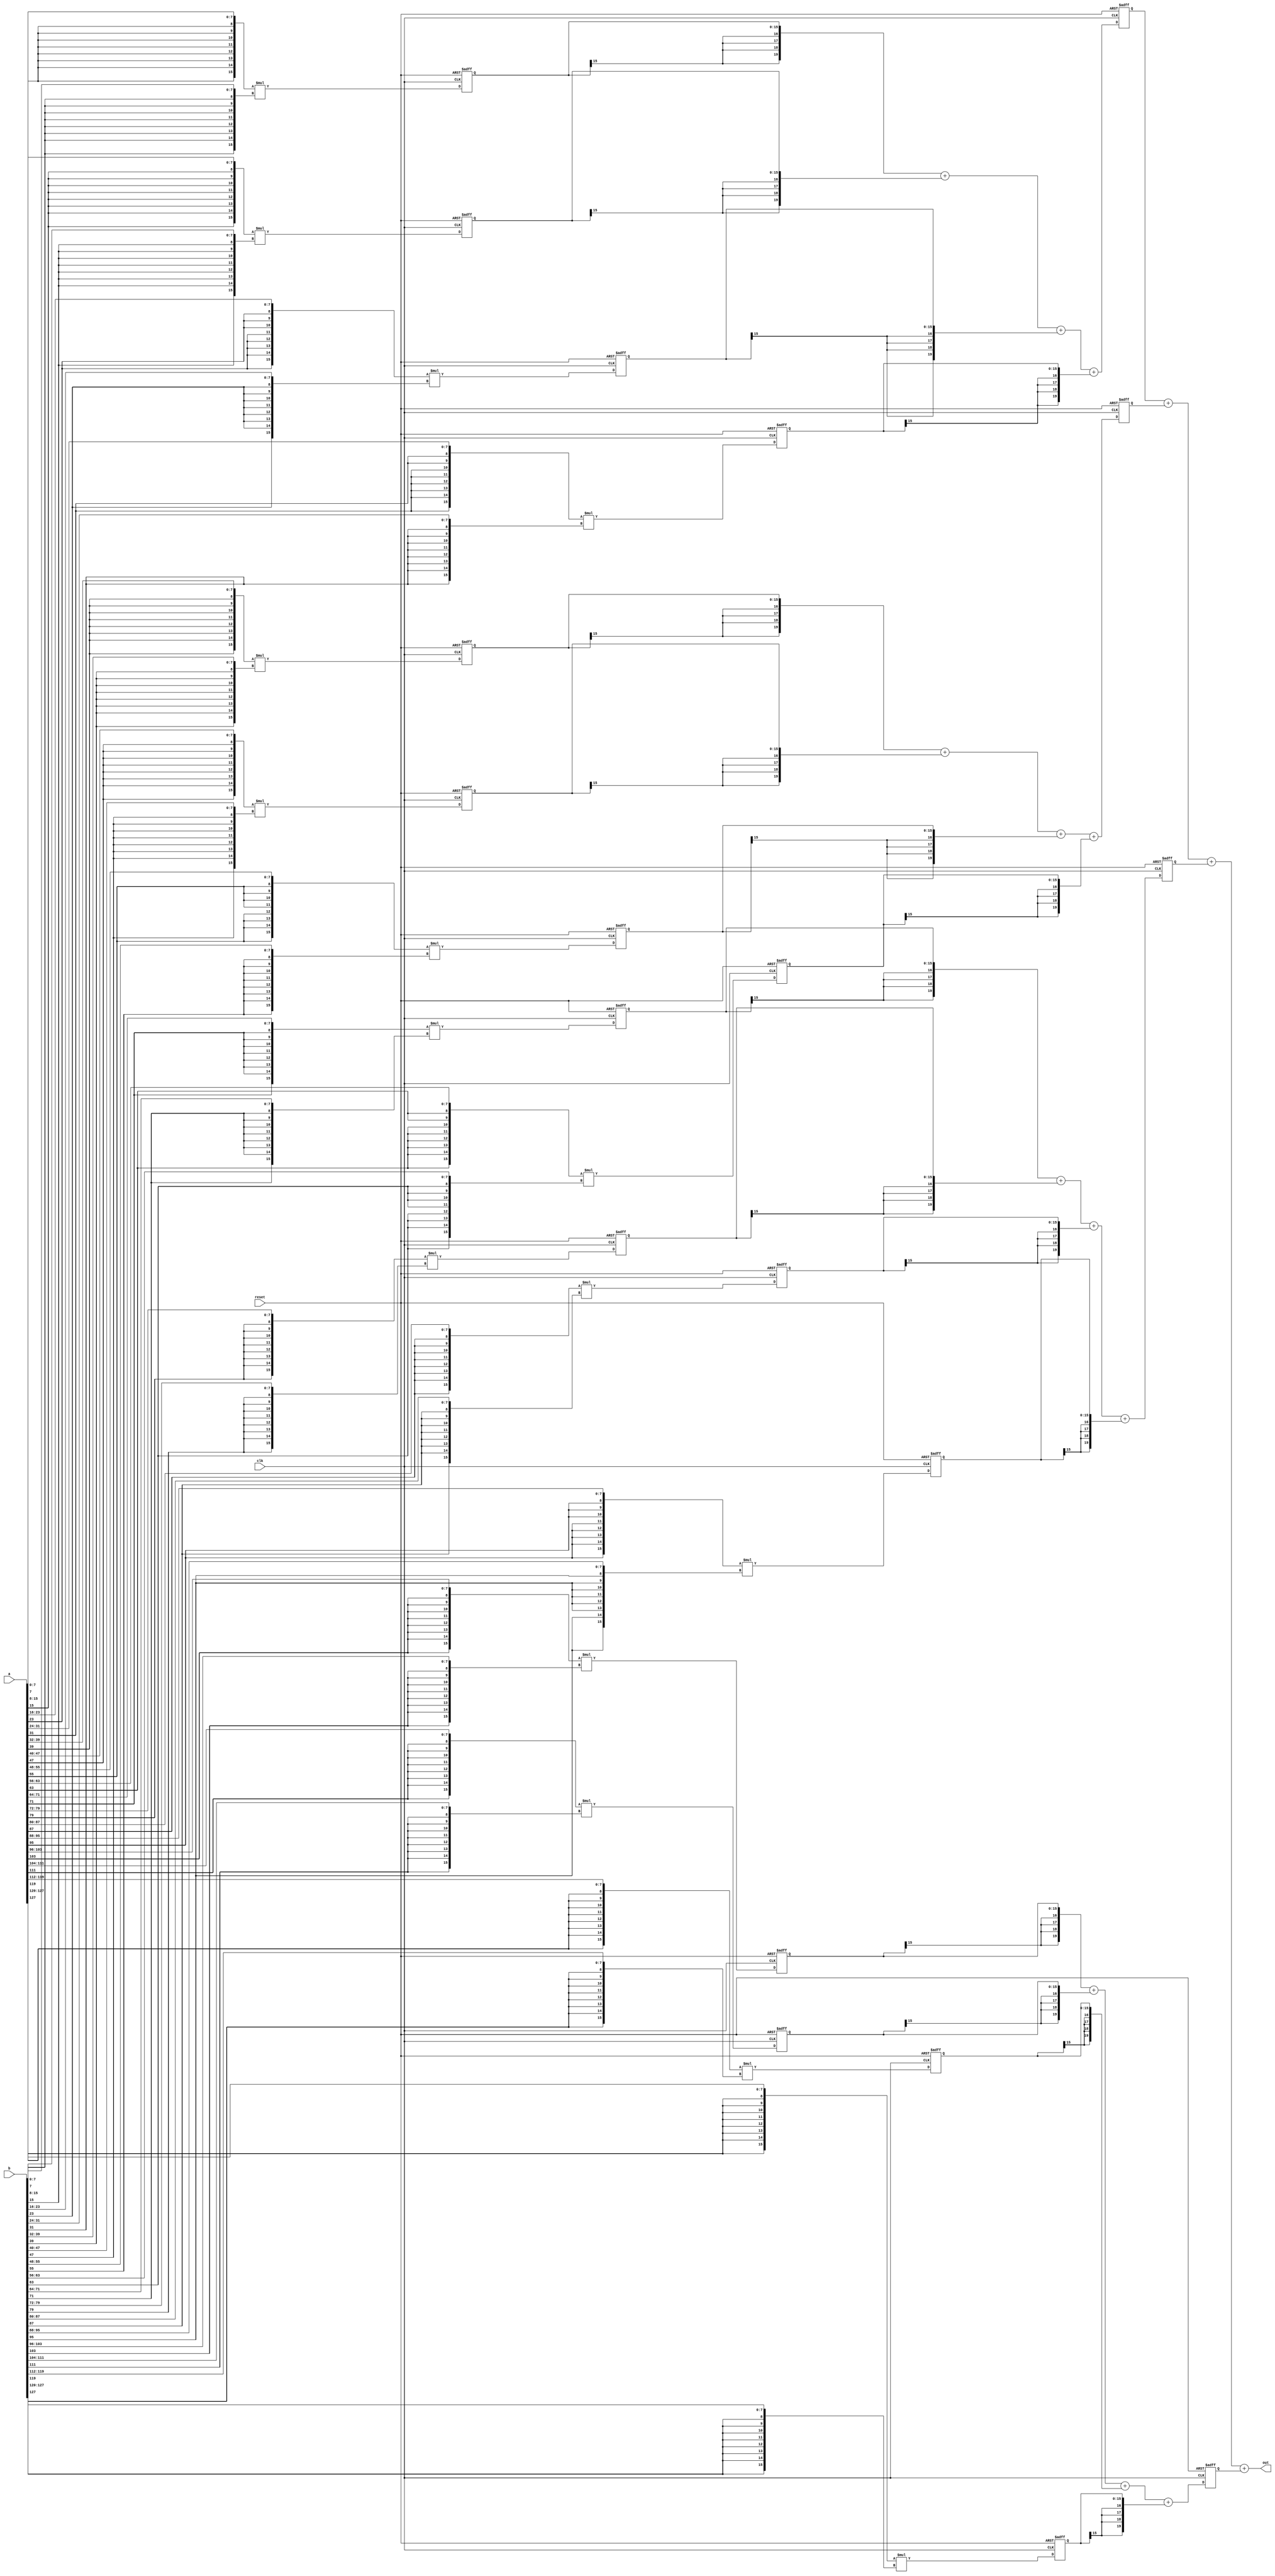
// Created by prof. Mingu Kang @VVIP Lab in UCSD ECE department
// Please do not spread this code without permission 
// HW5 ShreyasBorse PID A59009564. 
module mac_16in (out, a, b, clk, reset);

parameter bw = 8;
parameter bw_psum = 2*bw+4;
parameter pr = 16; // parallel factor: number of inputs = 64

output [bw_psum-1:0] out;
input  [pr*bw-1:0] a;
input  [pr*bw-1:0] b;
input  clk, reset;

reg [2*bw-1:0] q0 ,q1, q2, q3, q4, q5, q6, q7, q8, q9, q10, q11, q12, q13, q14, q15;
reg [bw_psum-1:0] out_sub_0_3, out_sub_4_7, out_sub_8_11, out_sub_12_15;

wire		[2*bw-1:0]	product0	;
wire		[2*bw-1:0]	product1	;
wire		[2*bw-1:0]	product2	;
wire		[2*bw-1:0]	product3	;
wire		[2*bw-1:0]	product4	;
wire		[2*bw-1:0]	product5	;
wire		[2*bw-1:0]	product6	;
wire		[2*bw-1:0]	product7	;
wire		[2*bw-1:0]	product8	;
wire	    [2*bw-1:0]	product9	;
wire		[2*bw-1:0]	product10	;
wire		[2*bw-1:0]	product11	;
wire		[2*bw-1:0]	product12	;
wire		[2*bw-1:0]	product13	;
wire		[2*bw-1:0]	product14	;
wire		[2*bw-1:0]	product15	;


genvar i;


assign	product0	=	{{(bw){a[bw*	1	-1]}},	a[bw*	1	-1:bw*	0	]}	*	{{(bw){b[bw*	1	-1]}},	b[bw*	1	-1:	bw*	0	]};
assign	product1	=	{{(bw){a[bw*	2	-1]}},	a[bw*	2	-1:bw*	1	]}	*	{{(bw){b[bw*	2	-1]}},	b[bw*	2	-1:	bw*	1	]};
assign	product2	=	{{(bw){a[bw*	3	-1]}},	a[bw*	3	-1:bw*	2	]}	*	{{(bw){b[bw*	3	-1]}},	b[bw*	3	-1:	bw*	2	]};
assign	product3	=	{{(bw){a[bw*	4	-1]}},	a[bw*	4	-1:bw*	3	]}	*	{{(bw){b[bw*	4	-1]}},	b[bw*	4	-1:	bw*	3	]};
assign	product4	=	{{(bw){a[bw*	5	-1]}},	a[bw*	5	-1:bw*	4	]}	*	{{(bw){b[bw*	5	-1]}},	b[bw*	5	-1:	bw*	4	]};
assign	product5	=	{{(bw){a[bw*	6	-1]}},	a[bw*	6	-1:bw*	5	]}	*	{{(bw){b[bw*	6	-1]}},	b[bw*	6	-1:	bw*	5	]};
assign	product6	=	{{(bw){a[bw*	7	-1]}},	a[bw*	7	-1:bw*	6	]}	*	{{(bw){b[bw*	7	-1]}},	b[bw*	7	-1:	bw*	6	]};
assign	product7	=	{{(bw){a[bw*	8	-1]}},	a[bw*	8	-1:bw*	7	]}	*	{{(bw){b[bw*	8	-1]}},	b[bw*	8	-1:	bw*	7	]};
assign	product8	=	{{(bw){a[bw*	9	-1]}},	a[bw*	9	-1:bw*	8	]}	*	{{(bw){b[bw*	9	-1]}},	b[bw*	9	-1:	bw*	8	]};
assign	product9	=	{{(bw){a[bw*	10	-1]}},	a[bw*	10	-1:bw*	9	]}	*	{{(bw){b[bw*	10	-1]}},	b[bw*	10	-1:	bw*	9	]};
assign	product10	=	{{(bw){a[bw*	11	-1]}},	a[bw*	11	-1:bw*	10	]}	*	{{(bw){b[bw*	11	-1]}},	b[bw*	11	-1:	bw*	10	]};
assign	product11	=	{{(bw){a[bw*	12	-1]}},	a[bw*	12	-1:bw*	11	]}	*	{{(bw){b[bw*	12	-1]}},	b[bw*	12	-1:	bw*	11	]};
assign	product12	=	{{(bw){a[bw*	13	-1]}},	a[bw*	13	-1:bw*	12	]}	*	{{(bw){b[bw*	13	-1]}},	b[bw*	13	-1:	bw*	12	]};
assign	product13	=	{{(bw){a[bw*	14	-1]}},	a[bw*	14	-1:bw*	13	]}	*	{{(bw){b[bw*	14	-1]}},	b[bw*	14	-1:	bw*	13	]};
assign	product14	=	{{(bw){a[bw*	15	-1]}},	a[bw*	15	-1:bw*	14	]}	*	{{(bw){b[bw*	15	-1]}},	b[bw*	15	-1:	bw*	14	]};
assign	product15	=	{{(bw){a[bw*	16	-1]}},	a[bw*	16	-1:bw*	15	]}	*	{{(bw){b[bw*	16	-1]}},	b[bw*	16	-1:	bw*	15	]};

always@(posedge clk, posedge reset)
begin
    if (reset) begin
	    q0              <= 0;
	    q1              <= 0;
	    q2              <= 0;
	    q3              <= 0;
	    q4              <= 0;
	    q5              <= 0;
	    q6              <= 0;
	    q7              <= 0;
	    q8              <= 0;
	    q9              <= 0;
	    q10             <= 0;
	    q11             <= 0;
	    q12             <= 0;
	    q13             <= 0;
	    q14             <= 0;
	    q15             <= 0;
        out_sub_0_3     <= 0;
        out_sub_4_7     <= 0;
        out_sub_8_11    <= 0;
        out_sub_12_15   <= 0;
    end
    else begin
	    q0              <= product0;
	    q1              <= product1;
	    q2              <= product2;
	    q3              <= product3;
	    q4              <= product4;
	    q5              <= product5;
	    q6              <= product6;
	    q7              <= product7;
	    q8              <= product8;
	    q9              <= product9;
	    q10             <= product10;
	    q11             <= product11;
	    q12             <= product12;
	    q13             <= product13;
	    q14             <= product14;
	    q15             <= product15;
        out_sub_0_3     <= {{(4){q0[2*bw-1]}},q0}     + {{(4){q1[2*bw-1]}},q1}    + {{(4){q2[2*bw-1]}},q2}    + {{(4){q3[2*bw-1]}},q3};
        out_sub_4_7     <= {{(4){q4[2*bw-1]}},q4}     + {{(4){q5[2*bw-1]}},q5}    + {{(4){q6[2*bw-1]}},q6}    + {{(4){q7[2*bw-1]}},q7};
        out_sub_8_11    <= {{(4){q8[2*bw-1]}},q8}     + {{(4){q9[2*bw-1]}},q9}    + {{(4){q10[2*bw-1]}},q10}  + {{(4){q11[2*bw-1]}},q11};
        out_sub_12_15   <= {{(4){q12[2*bw-1]}},q12}   + {{(4){q13[2*bw-1]}},q13}  + {{(4){q14[2*bw-1]}},q14}  + {{(4){q15[2*bw-1]}},q15};
    end
end

assign out = 
                {{(4){out_sub_0_3[bw_psum-1]}}  , out_sub_0_3}
	        +	{{(4){out_sub_4_7[bw_psum-1]}}  , out_sub_4_7}
	        +	{{(4){out_sub_8_11[bw_psum-1]}} , out_sub_8_11}
	        +	{{(4){out_sub_12_15[bw_psum-1]}}, out_sub_12_15};

endmodule